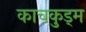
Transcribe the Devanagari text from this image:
काचकुड्म